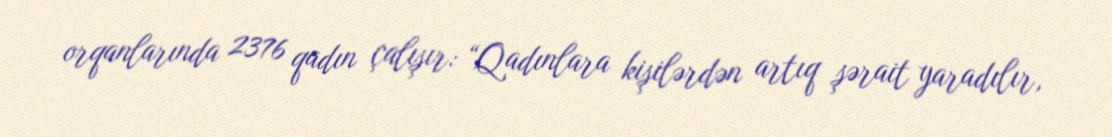
orqanlarında 2376 qadın çalışır: “Qadınlara kişilərdən artıq şərait yaradılır,